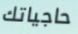
حاجياتك